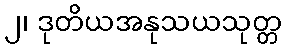
၂၊ ဒုတိယအနုသယသုတ္တ